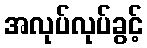
အလုပ်လုပ်ခွင့်